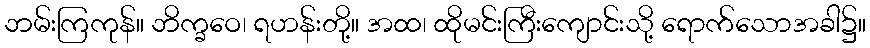
ဘမ်းကြကုန်။ ဘိက္ခဝေ၊ ရဟန်းတို့။ အထ၊ ထိုမင်းကြီးကျောင်းသို့ ရောက်သောအခါ၌။